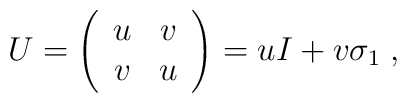
U = \left(\begin{array}{cc}u & v\\v & u\end{array}\right) = u I + v \sigma_{1}\;,